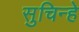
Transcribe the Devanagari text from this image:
सुचिन्हे